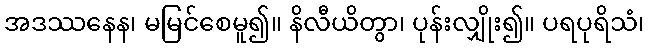
အဒဿနေန၊ မမြင်စေမူ၍။ နိလီယိတွာ၊ ပုန်းလျှိုး၍။ ပရပုရိသံ၊